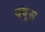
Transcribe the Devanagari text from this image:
फ्यूंस